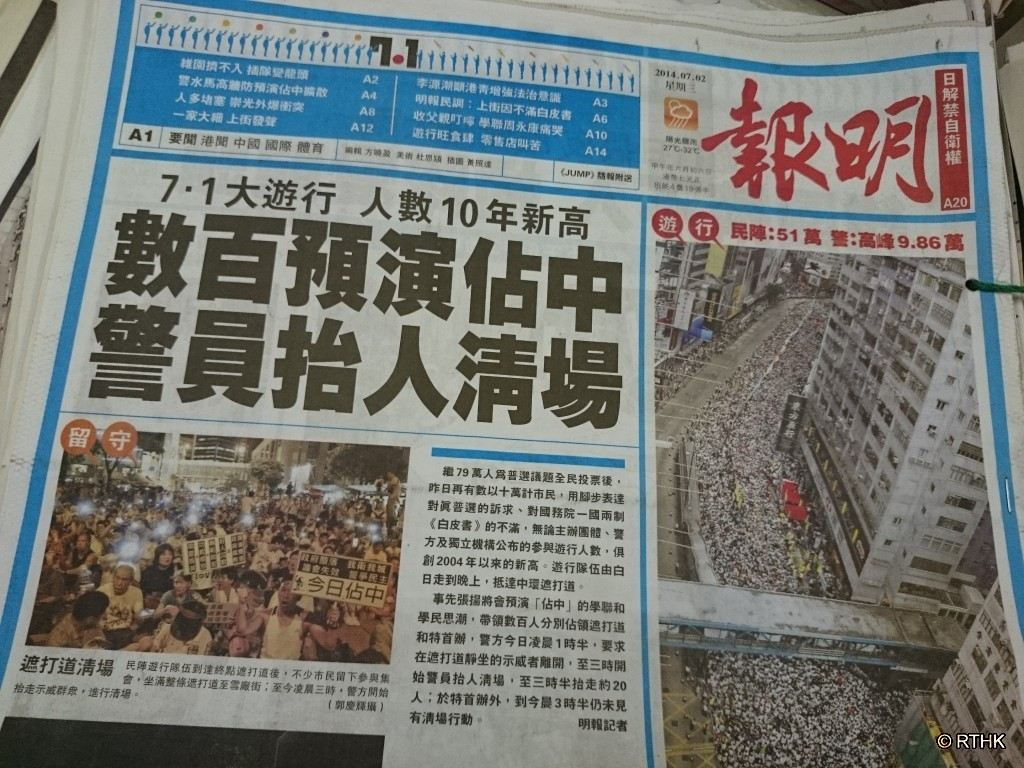
Language: zh